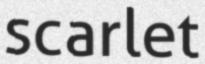
scarlet